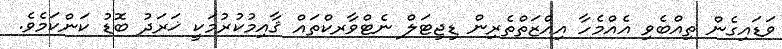
ވަޑައިގެން ތިއްބެވި އެއްމެހާ އިއްޒަތްތެރިން ޑިޖިޓަލް ނެޓްވާރކްތައް ޤާއިމުކުރުމަކީ ޚަރަދު ބޮޑު ކަންކަމެވެ.